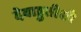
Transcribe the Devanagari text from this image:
देवाहुतीशी